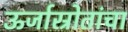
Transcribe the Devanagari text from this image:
ऊर्जास्रोतांचा